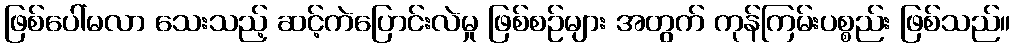
ဖြစ်ပေါ်မလာ သေးသည့် ဆင့်ကဲပြောင်းလဲမှု ဖြစ်စဉ်များ အတွက် ကုန်ကြမ်းပစ္စည်း ဖြစ်သည်။